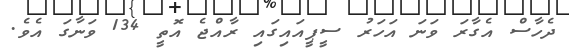
ދެހާސް އެގާރަ ވަނަ އަހަރު ސީޕީއައިގައި ރާއްޖެ އޮތީ 134 ވަނާގަ އެވެ.